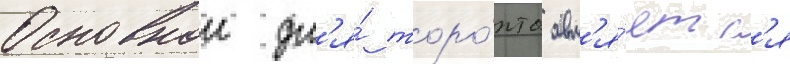
Основнои дл'я́ торо́нто явл'я́етс'я